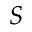
\boldsymbol { S }